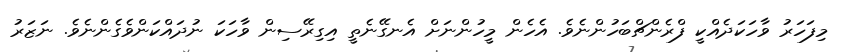
މިފަހަރު ވާހަކަދެއްކީ ފްރެންޗްބަހުންނެވެ. އެހެން މީހުންނަށް އެނގޭނެތީ އިގިރޭސިން ވާހަކަ ނުދައްކަންވެގެންނެވެ. ނަޒަރު